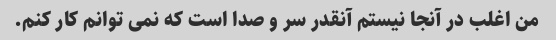
من اغلب در آنجا نیستم آنقدر سر و صدا است که نمی توانم کار کنم.